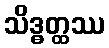
သိဒ္ဓတ္ထဿ